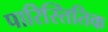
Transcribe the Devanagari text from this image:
पारिस्तितिक